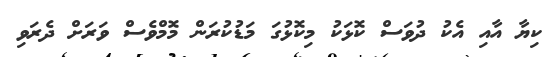
ކިޔާ އާއި އެކު ދުވަސް ކޮޅަކު މިކޮޅުގަ މަޑުކުރަން މޮމްވެސް ވަރަށް ދެރަވި